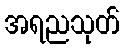
အရညသုတ်